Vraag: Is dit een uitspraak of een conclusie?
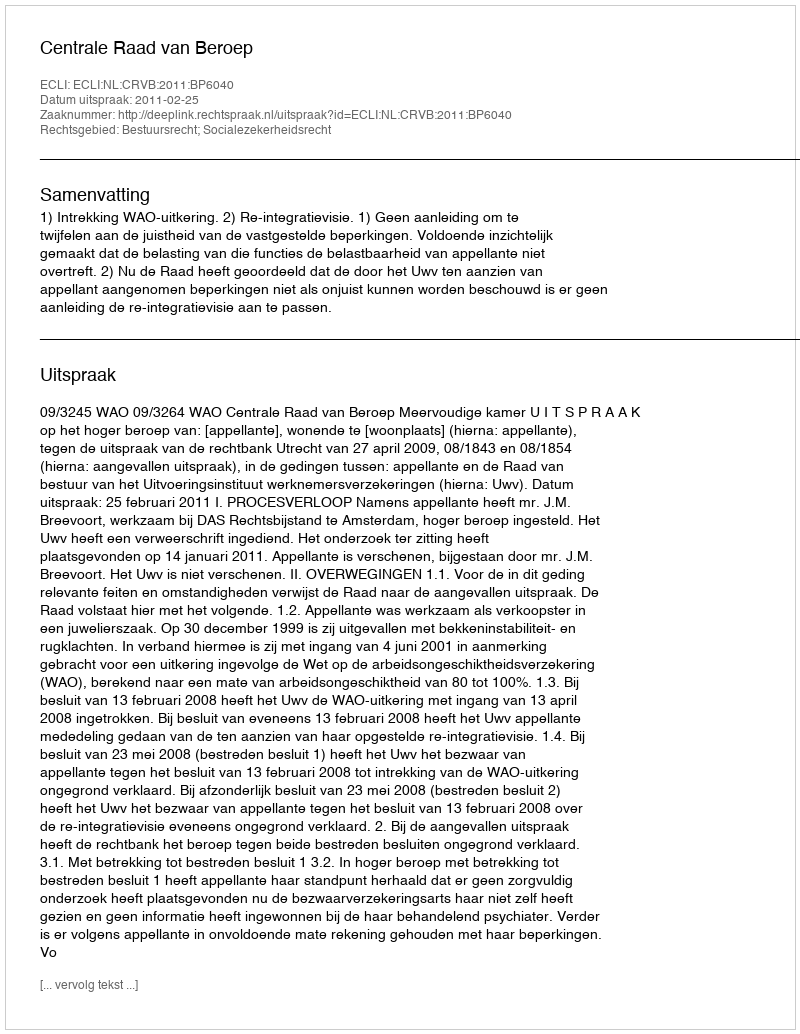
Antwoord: Uitspraak